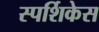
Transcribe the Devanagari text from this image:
स्पर्शिकेस